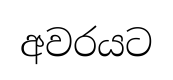
අවරයට